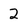
Character: 2